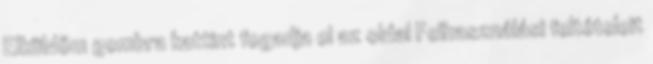
Elküldöm gombra kattint fogadja el az oldal Felhasználási feltételeit